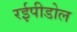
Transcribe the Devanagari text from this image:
रईपीडोल